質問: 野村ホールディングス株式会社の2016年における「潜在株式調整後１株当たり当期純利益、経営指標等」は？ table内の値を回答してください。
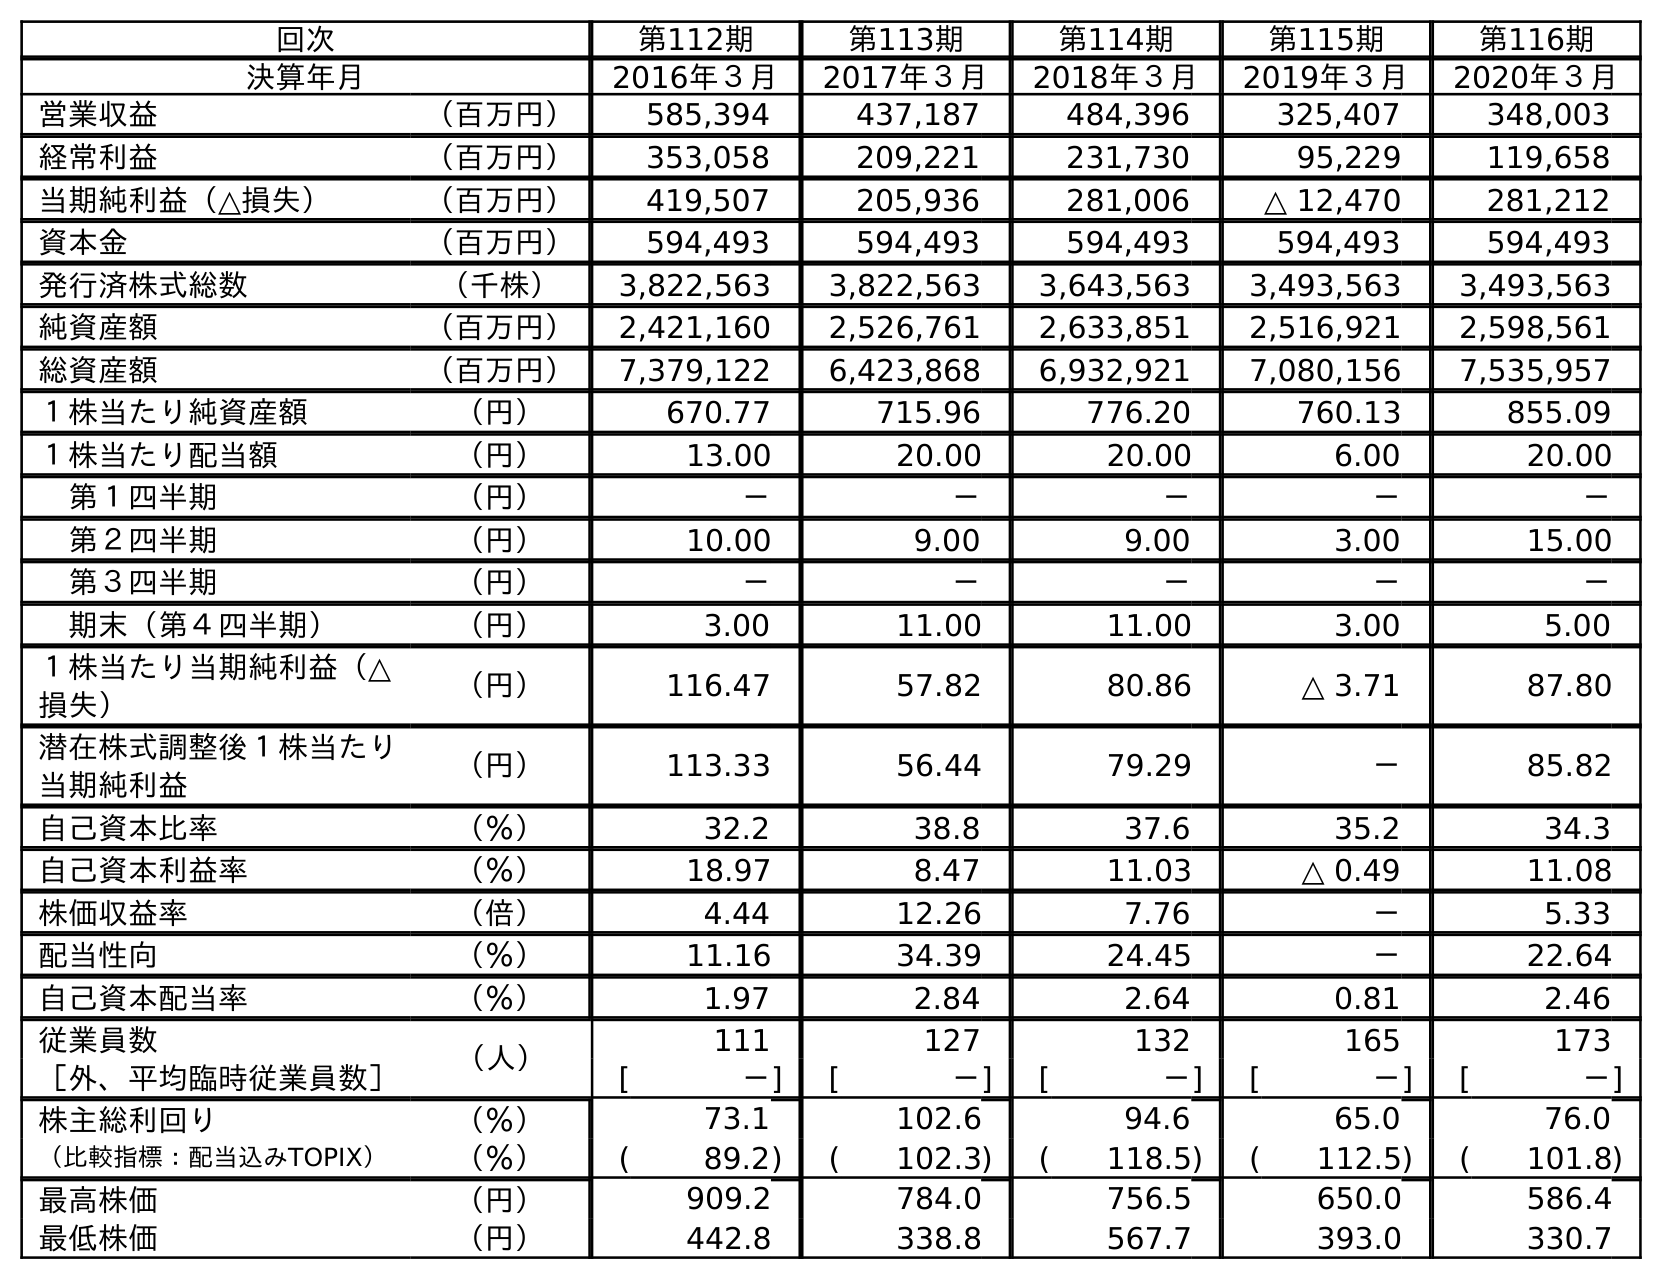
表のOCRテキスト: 回次 第112期 第113期 第114期 第115期 第116期 決算年月 2016年３月 2017年３月 2018年３月 2019年３月 2020年３月 営業収益 （百万円） 585,394 437,187 484,396 325,407 348,003 経常利益 （百万円） 353,058 209,221 231,730 95,229 119,658 当期純利益（△損失） （百万円） 419,507 205,936 281,006 △ 12,470 281,212 資本金 （百万円） 594,493 594,493 594,493 594,493 594,493 発行済株式総数 （千株） 3,822,563 3,822,563 3,643,563 3,493,563 3,493,563 純資産額 （百万円） 2,421,160 2,526,761 2,633,851 2,516,921 2,598,561 総資産額 （百万円） 7,379,122 6,423,868 6,932,921 7,080,156 7,535,957 １株当たり純資産額 （円） 670.77 715.96 776.20 760.13 855.09 １株当たり配当額 （円） 13.00 20.00 20.00 6.00 20.00 第１四半期 （円） － － － － － 第２四半期 （円） 10.00 9.00 9.00 3.00 15.00 第３四半期 （円） － － － － － 期末（第４四半期） （円） 3.00 11.00 11.00 3.00 5.00 １株当たり当期純利益（△ 損失） （円） 116.47 57.82 80.86 △ 3.71 87.80 潜在株式調整後１株当たり 当期純利益 （円） 113.33 56.44 79.29 － 85.82 自己資本比率 （％） 32.2 38.8 37.6 35.2 34.3 自己資本利益率 （％） 18.97 8.47 11.03 △ 0.49 11.08 株価収益率 （倍） 4.44 12.26 7.76 － 5.33 配当性向 （％） 11.16 34.39 24.45 － 22.64 自己資本配当率 （％） 1.97 2.84 2.64 0.81 2.46 従業員数 （人） 111 127 132 165 173 ［外、平均臨時従業員数］ [ －] [ －] [ －] [ －] [ －] 株主総利回り （％） 73.1 102.6 94.6 65.0 76.0 （比較指標：配当込みTOPIX） （％） ( 89.2) ( 102.3) ( 118.5) ( 112.5) ( 101.8) 最高株価 （円） 909.2 784.0 756.5 650.0 586.4 最低株価 （円） 442.8 338.8 567.7 393.0 330.7
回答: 113.33